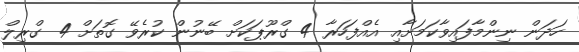
ހަދަން ނިންމާފައިވާކަމަށާއި އެއްފަހަރާ 4 ގްރޫޕަކަށް ބޭނުން ކުރެވޭ ގޮތަށް 4 ގްރިލް